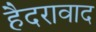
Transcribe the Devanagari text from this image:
हैदरावाद